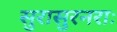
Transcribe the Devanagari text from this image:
सुरासुरनराः